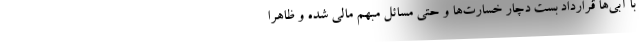
با آبی‌ها قرارداد بست دچار خسارت‌ها و حتی مسائل مبهم مالی شده و ظاهرا